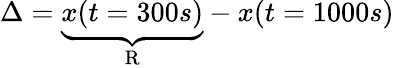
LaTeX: \Delta=\underbrace{x(t=300s)}_{\mathrm{R}}-x(t=1000s)